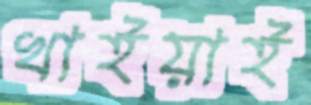
খাইয়াই